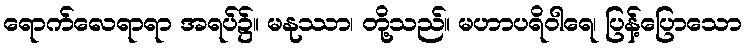
ရောက်လေရာရာ အရပ်၌။ မနုဿာ၊ တို့သည်။ မဟာပရိဝါရေ၊ ပြန့်ပြောသော